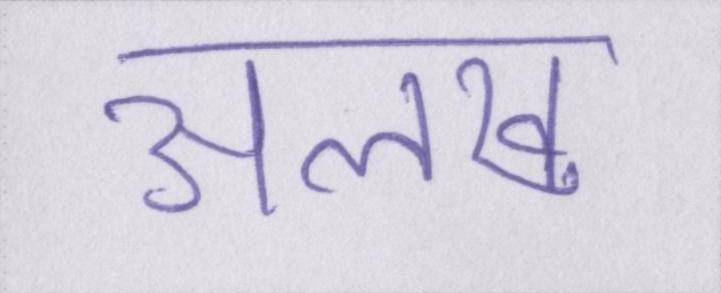
अलख